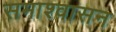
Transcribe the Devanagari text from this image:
समाश्वासन